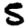
Digit: 5